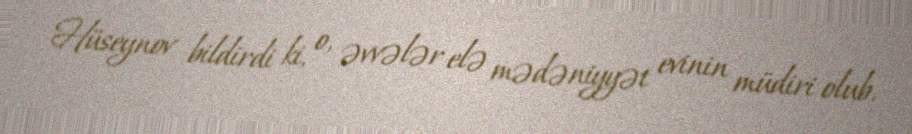
Hüseynov bildirdi ki, o, əvvələr elə mədəniyyət evinin müdiri olub.